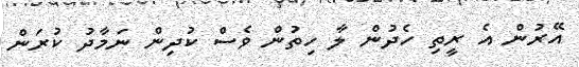
އޭރުން އެ ރީތި ހެދުން ލާ ހިތުން ވެސް ކުދިން ނަމާދު ކުރަން